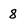
Character: 8